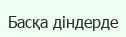
Басқа діндерде